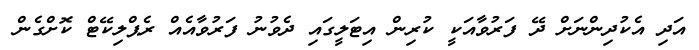
އަދި އެކުދިންނަށް ދޭ ފަރުވާއަކީ ކުރިން އިޓަލީގައި ދެވުނު ފަރުވާއެއް ރެޕްލިކޭޓް ކޮށްގެން